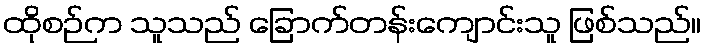
ထိုစဉ်က သူသည် ခြောက်တန်းကျောင်းသူ ဖြစ်သည်။